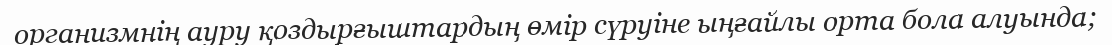
организмнің ауру қоздырғыштардың өмір сүруіне ыңғайлы орта бола алуында;